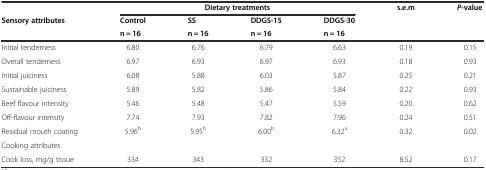
|  | <COLSPAN=4> Dietary treatments | <ROWSPAN=2> s.e.m | <ROWSPAN=2> P-value |
 | Sensory attributes | Control | SS | DDGS-15 | DDGS-30 |
 |  | n = 16 | n = 16 | n = 16 | n = 16 |  |  |
 | --- | --- | --- | --- | --- | --- | --- |
 | Initial tenderness | 6.80 | 6.76 | 6.79 | 6.63 | 0.19 | 0.15 |
 | Overall tenderness | 6.97 | 6.93 | 6.97 | 6.93 | 0.18 | 0.93 |
 | Initial juiciness | 6.08 | 5.88 | 6.03 | 5.87 | 0.25 | 0.21 |
 | Sustainable juiciness | 5.89 | 5.82 | 5.86 | 5.84 | 0.22 | 0.93 |
 | Beef flavour intensity | 5.46 | 5.48 | 5.47 | 5.59 | 0.20 | 0.62 |
 | Off-flavour intensity | 7.74 | 7.93 | 7.82 | 7.96 | 0.24 | 0.51 |
 | Residual mouth coating | 5.96b | 5.95b | 6.00b | 6.32a | 0.32 | 0.02 |
 | Cooking attributes |  |  |  |  |  |  |
 | Cook loss, mg/g tissue | 334 | 343 | 332 | 352 | 8.52 | 0.17 |